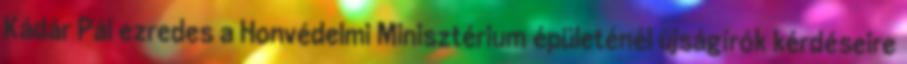
Kádár Pál ezredes a Honvédelmi Minisztérium épületénél újságírók kérdéseire